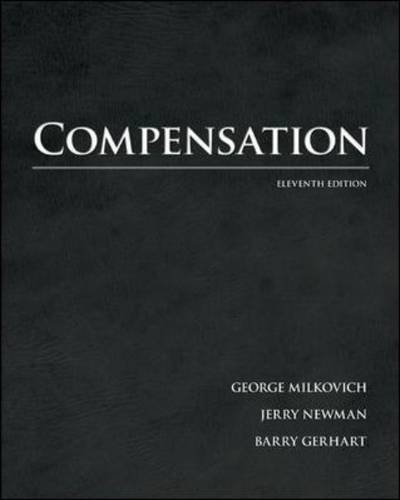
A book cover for Compensation; George Milkovich; Business & Money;